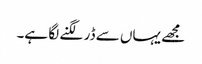
مجھے یہاں سے ڈر لگنے لگا ہے۔